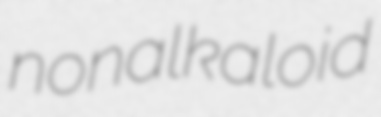
nonalkaloid